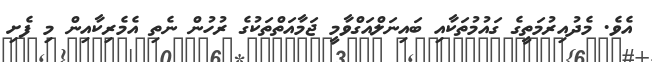
އެވެ. މެދުއިރުމަތީގެ ގައުމުތަކާއި ބައިނަލްއަގްވާމީ ޖަމާއަތްތަކުގެ ރުހުން ނެތި އެމެރިކާއިން މި ފެށި